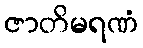
ဇာတိမရဏံ